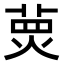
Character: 𤋂